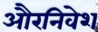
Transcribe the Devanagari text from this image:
औरनिवेश